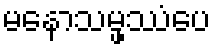
မနောသမ္ဖဿံပေ